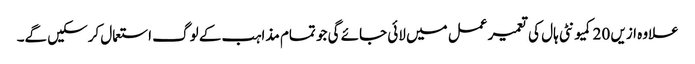
علاوہ ازیں 20کمیونٹی ہال کی تعمیر عمل میں لائی جائے گی جو تمام مذاہب کے لوگ استعمال کرسکیں گے۔